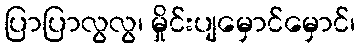
ပြာပြာလွလွ၊ မှိုင်းပျမှောင်မှောင်၊